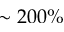
\sim 2 0 0 \%